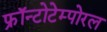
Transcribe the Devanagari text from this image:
फ्रॉन्टोटेम्पोरल